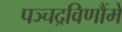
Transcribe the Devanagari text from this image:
पञ्चद्रविणौंमे